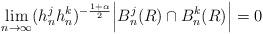
LaTeX: \begin{align*}\lim_{n\to\infty} (h_n^j h_n^k)^{-\frac{1+\alpha}{2}} \Big|B_n^j(R) \cap B_n^k(R)\Big|=0\end{align*}